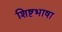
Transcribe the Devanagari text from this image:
शिष्टभाषा